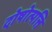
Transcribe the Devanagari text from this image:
दोषोत्पत्ति